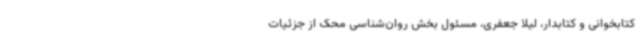
کتابخوانی و کتابدار، لیلا جعفری، مسئول بخش روان‌شناسی محک از جزئیات